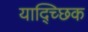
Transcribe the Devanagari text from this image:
याद्च्छिक